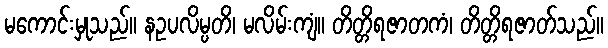
မကောင်းမှုသည်။ နဥပလိမ္ပတိ၊ မလိမ်းကျံ။ တိတ္တိရဇာတကံ၊ တိတ္တိရဇာတ်သည်။